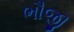
ભૌજી